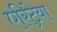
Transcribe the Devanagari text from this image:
एरिट्रेया